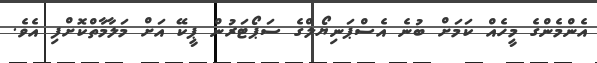
އެންމެންގެ މީހެއް ކަމަށް ބުނެ އެސްޕަނިޔޯލްގެ ސަޕޯޓަރުން ޕީކޭ އަށް މަލާމާތްކޮށްފި އެވެ.